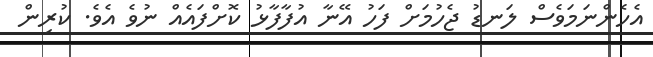
އެހެންނަމަވެސް ލަނޑު ޖެހުމަށް ފަހު އޭނާ އުފާފާޅު ކޮށްފައެއް ނުވެ އެވެ. ކުރިން